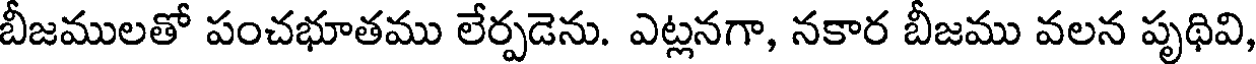
బీజములతో పంచభూతము లేర్పడెను. ఎట్లనగా, నకార బీజము వలన పృథివి,